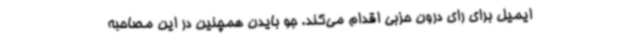
ایمیل برای رای درون حزبی اقدام می‌کند. جو بایدن همچنین در این مصاحبه